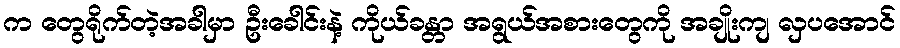
က တွေရိုက်တဲ့အခါမှာ ဦးခေါင်းနဲ့ ကိုယ်ခန္တာ အရွယ်အစားတွေကို အချိုးကျ လှပအောင်